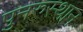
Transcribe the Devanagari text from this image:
पुनरुस्थान